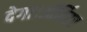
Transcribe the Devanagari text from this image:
देगा।ऑर्बिटर